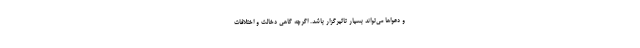
و دعواها می‌تواند بسیار تاثیرگزار باشد. اگرچه گاهی دخالت و اختلافات